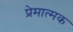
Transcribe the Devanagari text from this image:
प्रेमात्मक